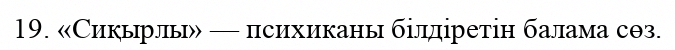
19. «Сиқырлы» — психиканы білдіретін балама сөз.